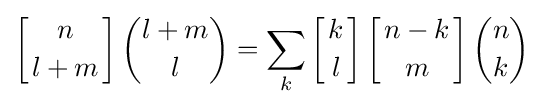
\left[{n \atop l+m}\right]{\binom {l+m}{l}}=\sum _{k}\left[{k \atop l}\right]\left[{n-k \atop m}\right]{\binom {n}{k}}